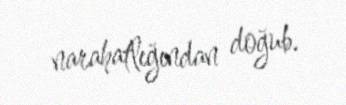
narahatlığından doğub.